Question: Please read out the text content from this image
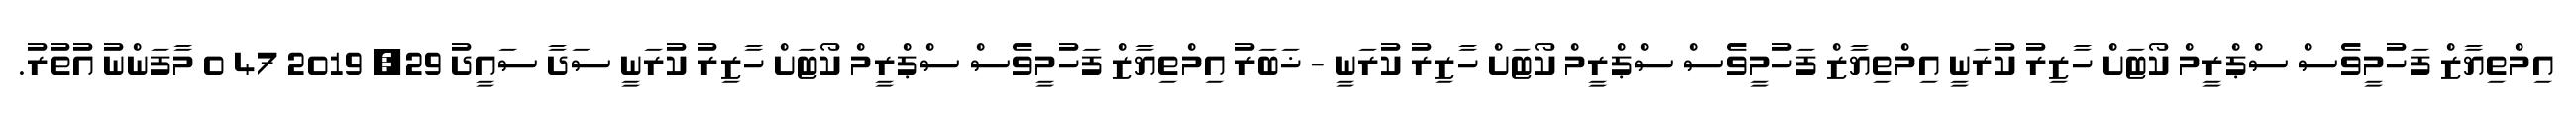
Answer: އިމްތިޔާޒް ފަހުމީވެސް ސްޕްރީމް ކޯޓަށް ހާޒިރު ކުރަނީ އިމްތިޔާޒް ފަހުމީވެސް ސްޕްރީމް ކޯޓަށް ހާޒިރު ކުރަނީ - ޚަބަރު އިމްތިޔާޒް ފަހުމީވެސް ސްޕްރީމް ކޯޓަށް ހާޒިރު ކުރަނީ ސަދާ ސައީދު 29, 2019 47 0 މާފަންނު އުތުރު.